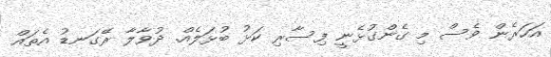
އަހަރެން ވެސް މި ގެންގުޅެނީ ފިސާރި ކަޅު ބުޅަލެއް. ދުވާލާ ރޭގަނޑު އެތައް